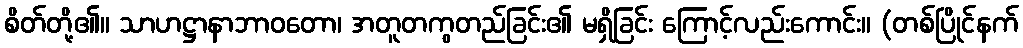
စိတ်တို့၏။ သာဟဋ္ဌာနာဘာဝတော၊ အတူတကွတည်ခြင်း၏ မရှိခြင်း ကြောင့်လည်းကောင်း။ (တစ်ပြိုင်နက်